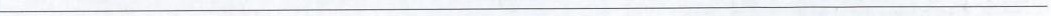
___